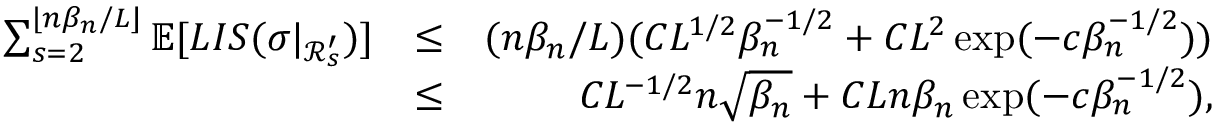
\begin{array} { r l r } { \sum _ { s = 2 } ^ { \lfloor n \beta _ { n } \slash L \rfloor } \mathbb { E } [ L I S ( \sigma | _ { \mathcal { R } _ { s } ^ { \prime } } ) ] } & { \leq } & { ( n \beta _ { n } \slash L ) ( C L ^ { 1 \slash 2 } \beta _ { n } ^ { - 1 \slash 2 } + C L ^ { 2 } \exp ( - c \beta _ { n } ^ { - 1 \slash 2 } ) ) } \\ & { \leq } & { C L ^ { - 1 \slash 2 } n \sqrt { \beta _ { n } } + C L n \beta _ { n } \exp ( - c \beta _ { n } ^ { - 1 \slash 2 } ) , } \end{array}